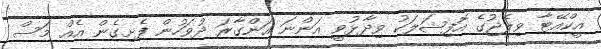
އީކްއޭޓާ ވިލެޖުގެ އޮފިޝަލަކު ވިދާޅުވީ އަންނަ އަންގާރަ ދުވަހުން ފެށިގެން އެއް މަސް